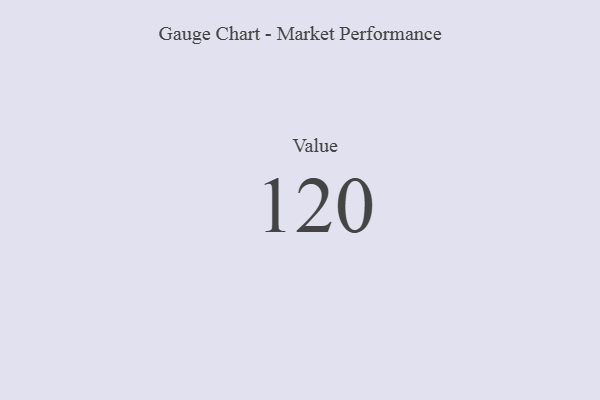
{"axis": {"x": "Metric", "y": "Value"}, "legend": [""], "data": [{"x": "Value", "y": 120, "type": ""}]}